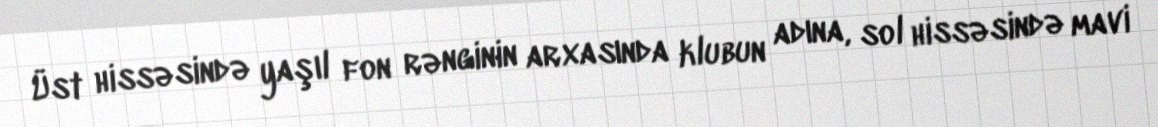
Üst hissəsində yaşıl fon rənginin arxasında klubun adına, sol hissəsində mavi